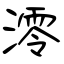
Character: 澪